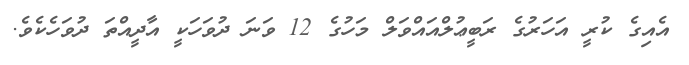
އެއިގެ ކުރީ އަހަރުގެ ރަބީޢުލްއައްވަލް މަހުގެ 12 ވަނަ ދުވަހަކީ އާދީއްތަ ދުވަހެކެވެ.